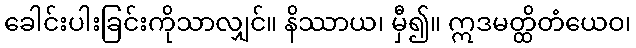
ခေါင်းပါးခြင်းကိုသာလျှင်။ နိဿာယ၊ မှီ၍။ ဣဒမတ္ထိတံယေဝ၊